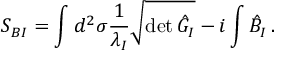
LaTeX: S _ { B I } = \int d ^ { 2 } \sigma \frac { 1 } { \lambda _ { I } } \sqrt { \operatorname * { d e t } { \hat { G } } _ { I } } - i \int \hat { B } _ { I } \, .